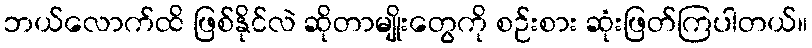
ဘယ်လောက်ထိ ဖြစ်နိုင်လဲ ဆိုတာမျိုးတွေကို စဉ်းစား ဆုံးဖြတ်ကြပါတယ်။